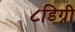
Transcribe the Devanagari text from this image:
८डिग्री